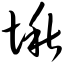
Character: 愀